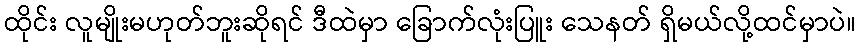
ထိုင်း လူမျိုးမဟုတ်ဘူးဆိုရင် ဒီထဲမှာ ခြောက်လုံးပြူး သေနတ် ရှိမယ်လို့ထင်မှာပဲ။